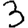
Digit: 3